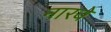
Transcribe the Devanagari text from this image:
नारवे